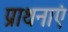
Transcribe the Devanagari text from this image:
प्राथनाएं